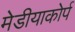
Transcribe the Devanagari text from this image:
मेडीयाकोर्प